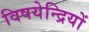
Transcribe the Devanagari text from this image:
विषयेन्द्रियों